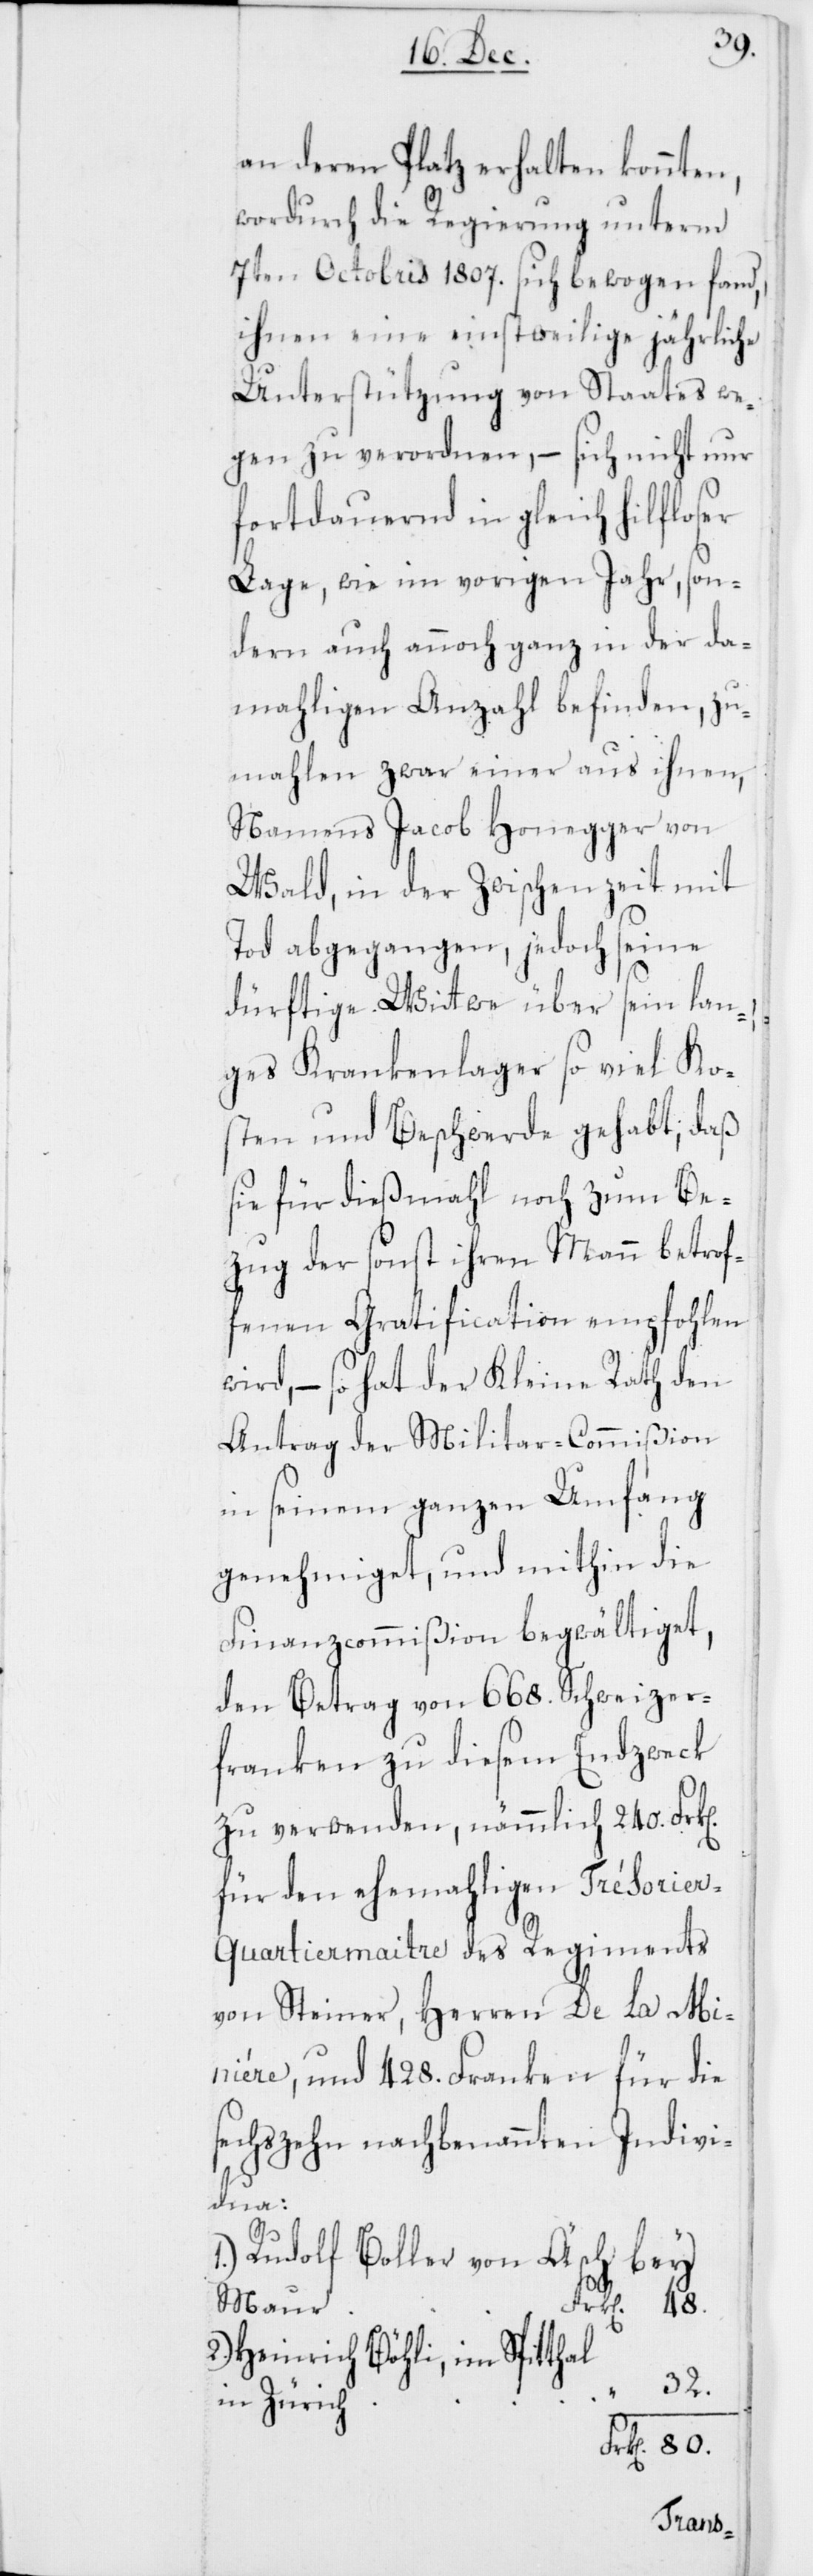
an deren Platz erhalten konnten,
wordurch die Regierung unterm
7ten Octobris 1807. sich bewogen fand,
ihnen eine einstweilige jährliche
Unterstützung von Staates we¬
gen zu verordnen, – sich nicht nur
fortdauernd in gleich hilfloser
Lage, wie im vorigen Jahr, son¬
dern auch annoch ganz in der da¬
mahligen Anzahl befinden, zu¬
mahlen zwar einer aus ihnen,
Namens Jacob Honegger von
Wald, in der Zwischenzeit mit
Tod abgegangen, jedoch seine
dürftige Wittwe über seyn lan¬
ges Krankenlager so viel Ko¬
sten und Beschwerde gehabt, daß
sie für dießmahl noch zum Be¬
zug der sonst ihren Mann betrof¬
fenen Gratification empfohlen
wird, – so hat der Kleine Rath den
Antrag der Militar-Commißion
in seinem ganzen Umfang
genehmiget, und mithin die
Finanzcommißion begwältiget,
den Betrag von 668. Schweizer¬
franken zu diesem Endzweck
zu verwenden, nämmlich 240. Frk[e¬
für den ehemahligen Trésorie¬
r-Quartiermaitre des Regiments
von Steiner, Herren De La Mi¬
niére, und 428. Franken für die
sechszehn nachbenannten Indivi¬
2.
dua:
Rudolf Boller von Ä¬
48.
bey
Maur
Heinrich Böhli, im Spitthal
32.
in Zürich